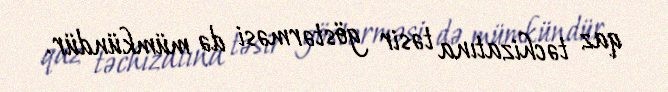
qaz təchizatına təsir göstərməsi də mümkündür.